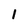
Character: 1